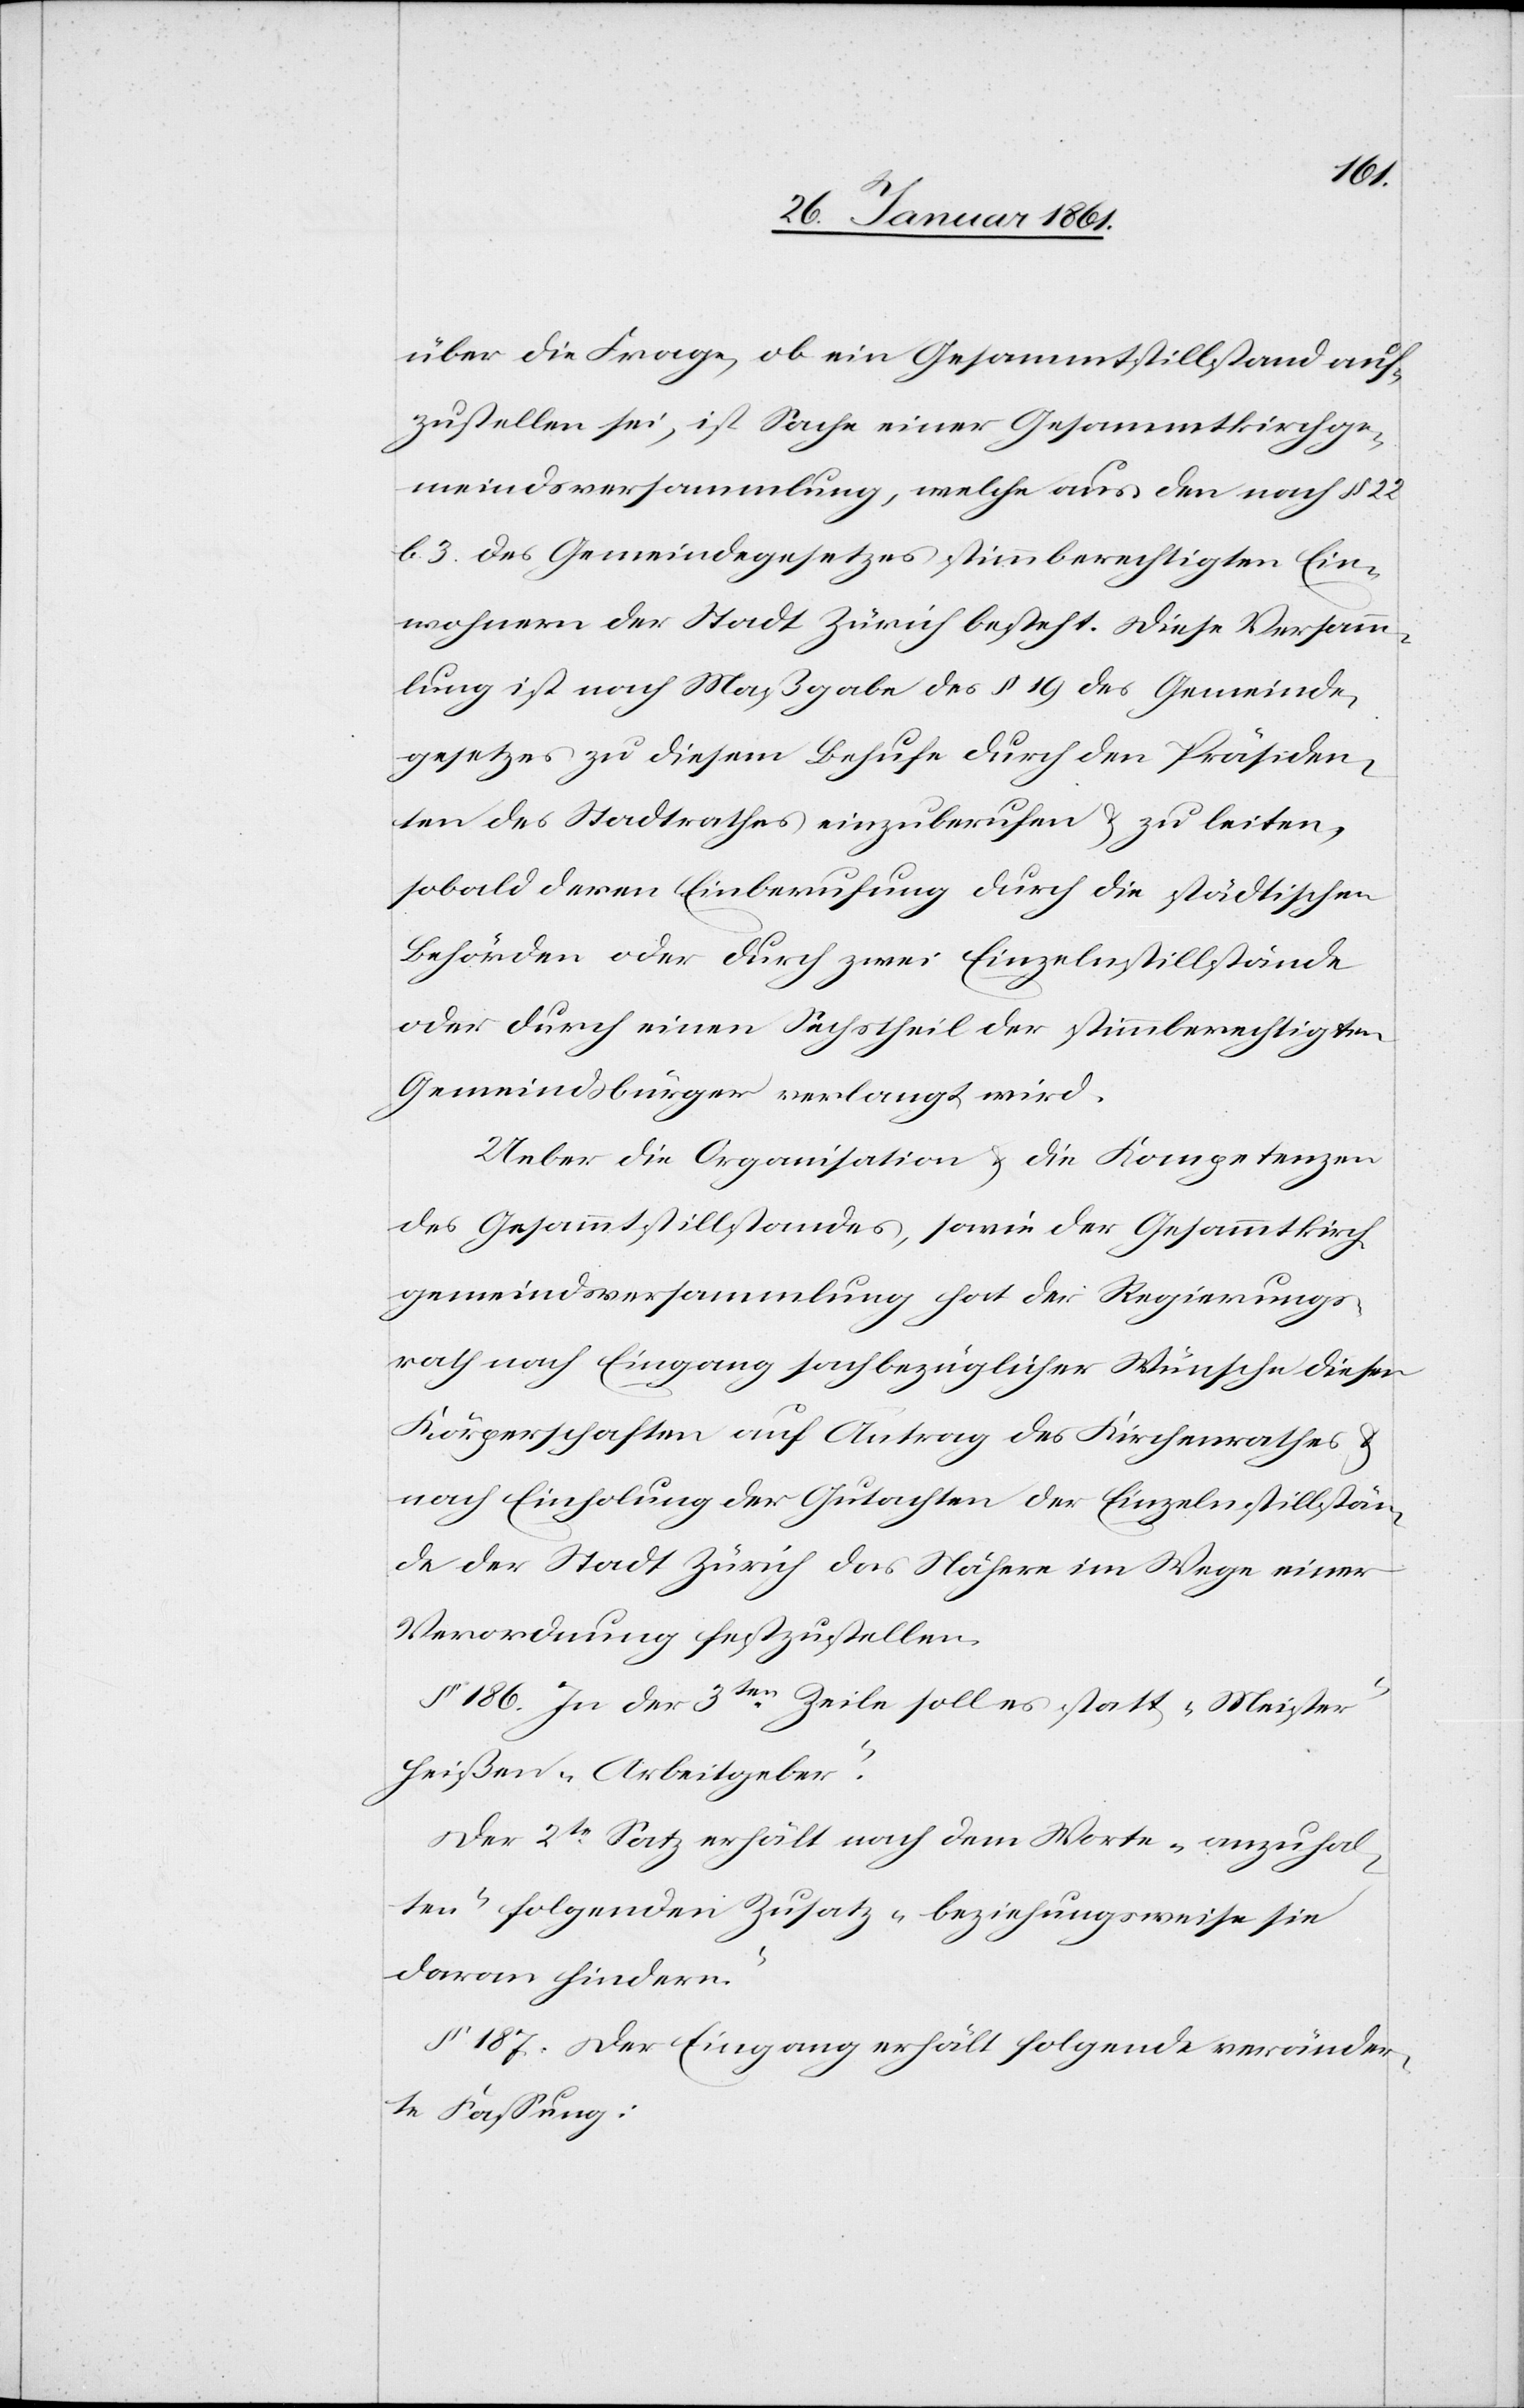
über die Frage, ob ein Gesammtstillstand auf¬
zustellen sei, ist Sache einer Gesammtkirchenge¬
meindsversammlung, welche aus den nach §. 22
b. 32 des Gemeindegesetzes stimmberechtigten Ein¬
wohnern der Stadt Zürich besteht. Diese Versam¬
mlung ist nach Maßgabe des §. 19 des Gemeinde¬
gesetzes zu diesem Behufe durch den Präsiden¬
ten des Stadtrathes einzuberufen u. zu leiten,
sobald deren Einberufung durch die städtischen
Behörden oder durch zwei Einzelnstillstände
oder durch einen Sechstheil der stimmberechtigten
Gemeindsbürger verlangt wird.
Ueber die Organisation u. die Kompetenzen
des Gesammtstillstandes, sowie der Gesammtkirch¬
gemeindsversammlung hat der Regierungs¬
rath nach Eingang sachbezüglicher Wünsche dieser
Körperschaften auf Antrag des Kirchenrathes u.
nach Einholung der Gutachten der Einzelnstillstän¬
de der Stadt Zürich das Nähere im Wege einer
Verordnung festzustellen.
§. 186. In der 3ten Zeile soll es statt „Meister“
heißen „Arbeitgeber“.
Der 2te Satz erhält nach dem Worte „anzuhal¬
ten“ folgenden Zusatz „beziehungsweise sie
daran hindern.“
§. 187. Der Eingang erhält folgende veränder¬
te Fassung: